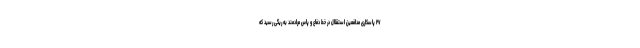
۲۷ پاسکاری مدافعین استقلال در خط دفاع و پاس مرادمند به ریگی رسید که